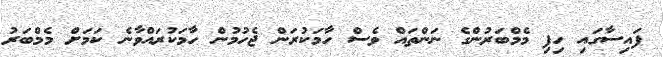
ފައިސާގައި ހިފި މެމްބަރުންގެ ނަންތައް ވެސް ހާމަކުރަން ޖެހުމުން ހާމަކުރައްވާނެ ކަމަށް މެމްބަރު